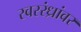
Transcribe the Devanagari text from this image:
स्वररंध्रांवर